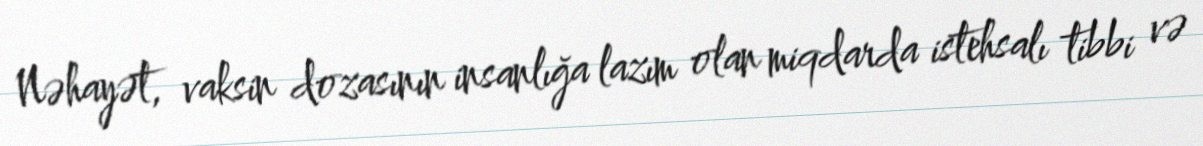
Nəhayət, vaksin dozasının insanlığa lazım olan miqdarda istehsalı tibbi və